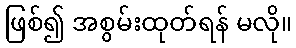
ဖြစ်၍ အစွမ်းထုတ်ရန် မလို။